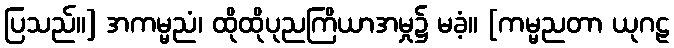
ပြသည်။] အကမ္မညံ၊ ထိုထိုပုညကြိယာအမှု၌ မခံ့။ [ကမ္မညတာ ယုဂဠ